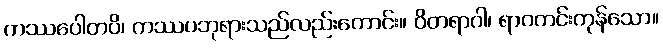
ကဿပေါတပိ၊ ကဿပဘုရားသည်လည်းကောင်း။ ဝိတရာဂါ၊ ရာဂကင်းကုန်သော။